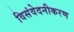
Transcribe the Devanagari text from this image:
विसंवेदनीकरण